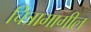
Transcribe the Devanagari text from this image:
चित्रामागील